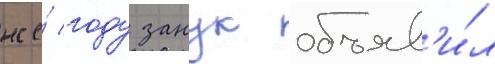
же́ году занук объяв'и́л